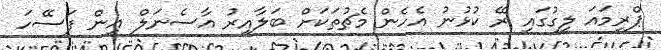
ޕްރިމައަ ލީގުގައި ރޭ ކުޅުނު އެހެން މެޗުތަކަށް ބަލާއިރު އާސެނަލް އިން ފަސޭހަ